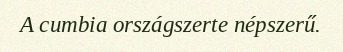
A cumbia országszerte népszerű.